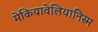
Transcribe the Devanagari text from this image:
मेकियावेलियानिस्म